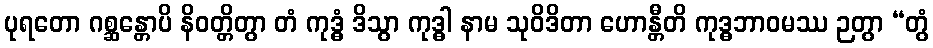
ပုရတော ဂစ္ဆန္တောပိ နိဝတ္တိတွာ တံ ကုဒ္ဓံ ဒိသွာ ကုဒ္ဓါ နာမ သုဝိဒိတာ ဟောန္တီတိ ကုဒ္ဓဘာဝမဿ ဉတွာ “တွံ